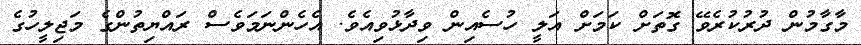
މާގާމުން ދުރުކުރެވޭ ގޮތަށް ކަމަށް އަލީ ހުސެއިން ވިދާޅުވިއެވެ. އެހެންނަމަވެސް ރައްޔިތުންގެ މަޖިލީހުގެ